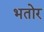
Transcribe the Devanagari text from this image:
भतोर